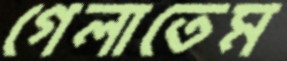
গেলাতেম